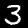
Label: 3